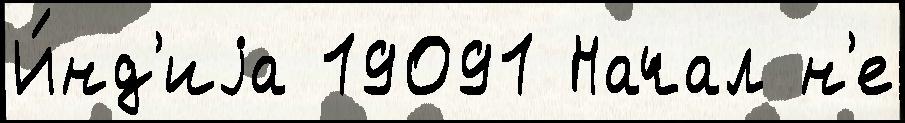
И́нд'иjа 19091 Начал н'е